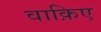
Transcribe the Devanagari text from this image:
वाक़िए